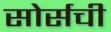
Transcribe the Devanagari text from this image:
सोर्सची